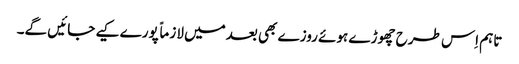
تاہم اِس طرح چھوڑے ہوئے روزے بھی بعدمیں لازماً پورے کیے جائیں گے۔